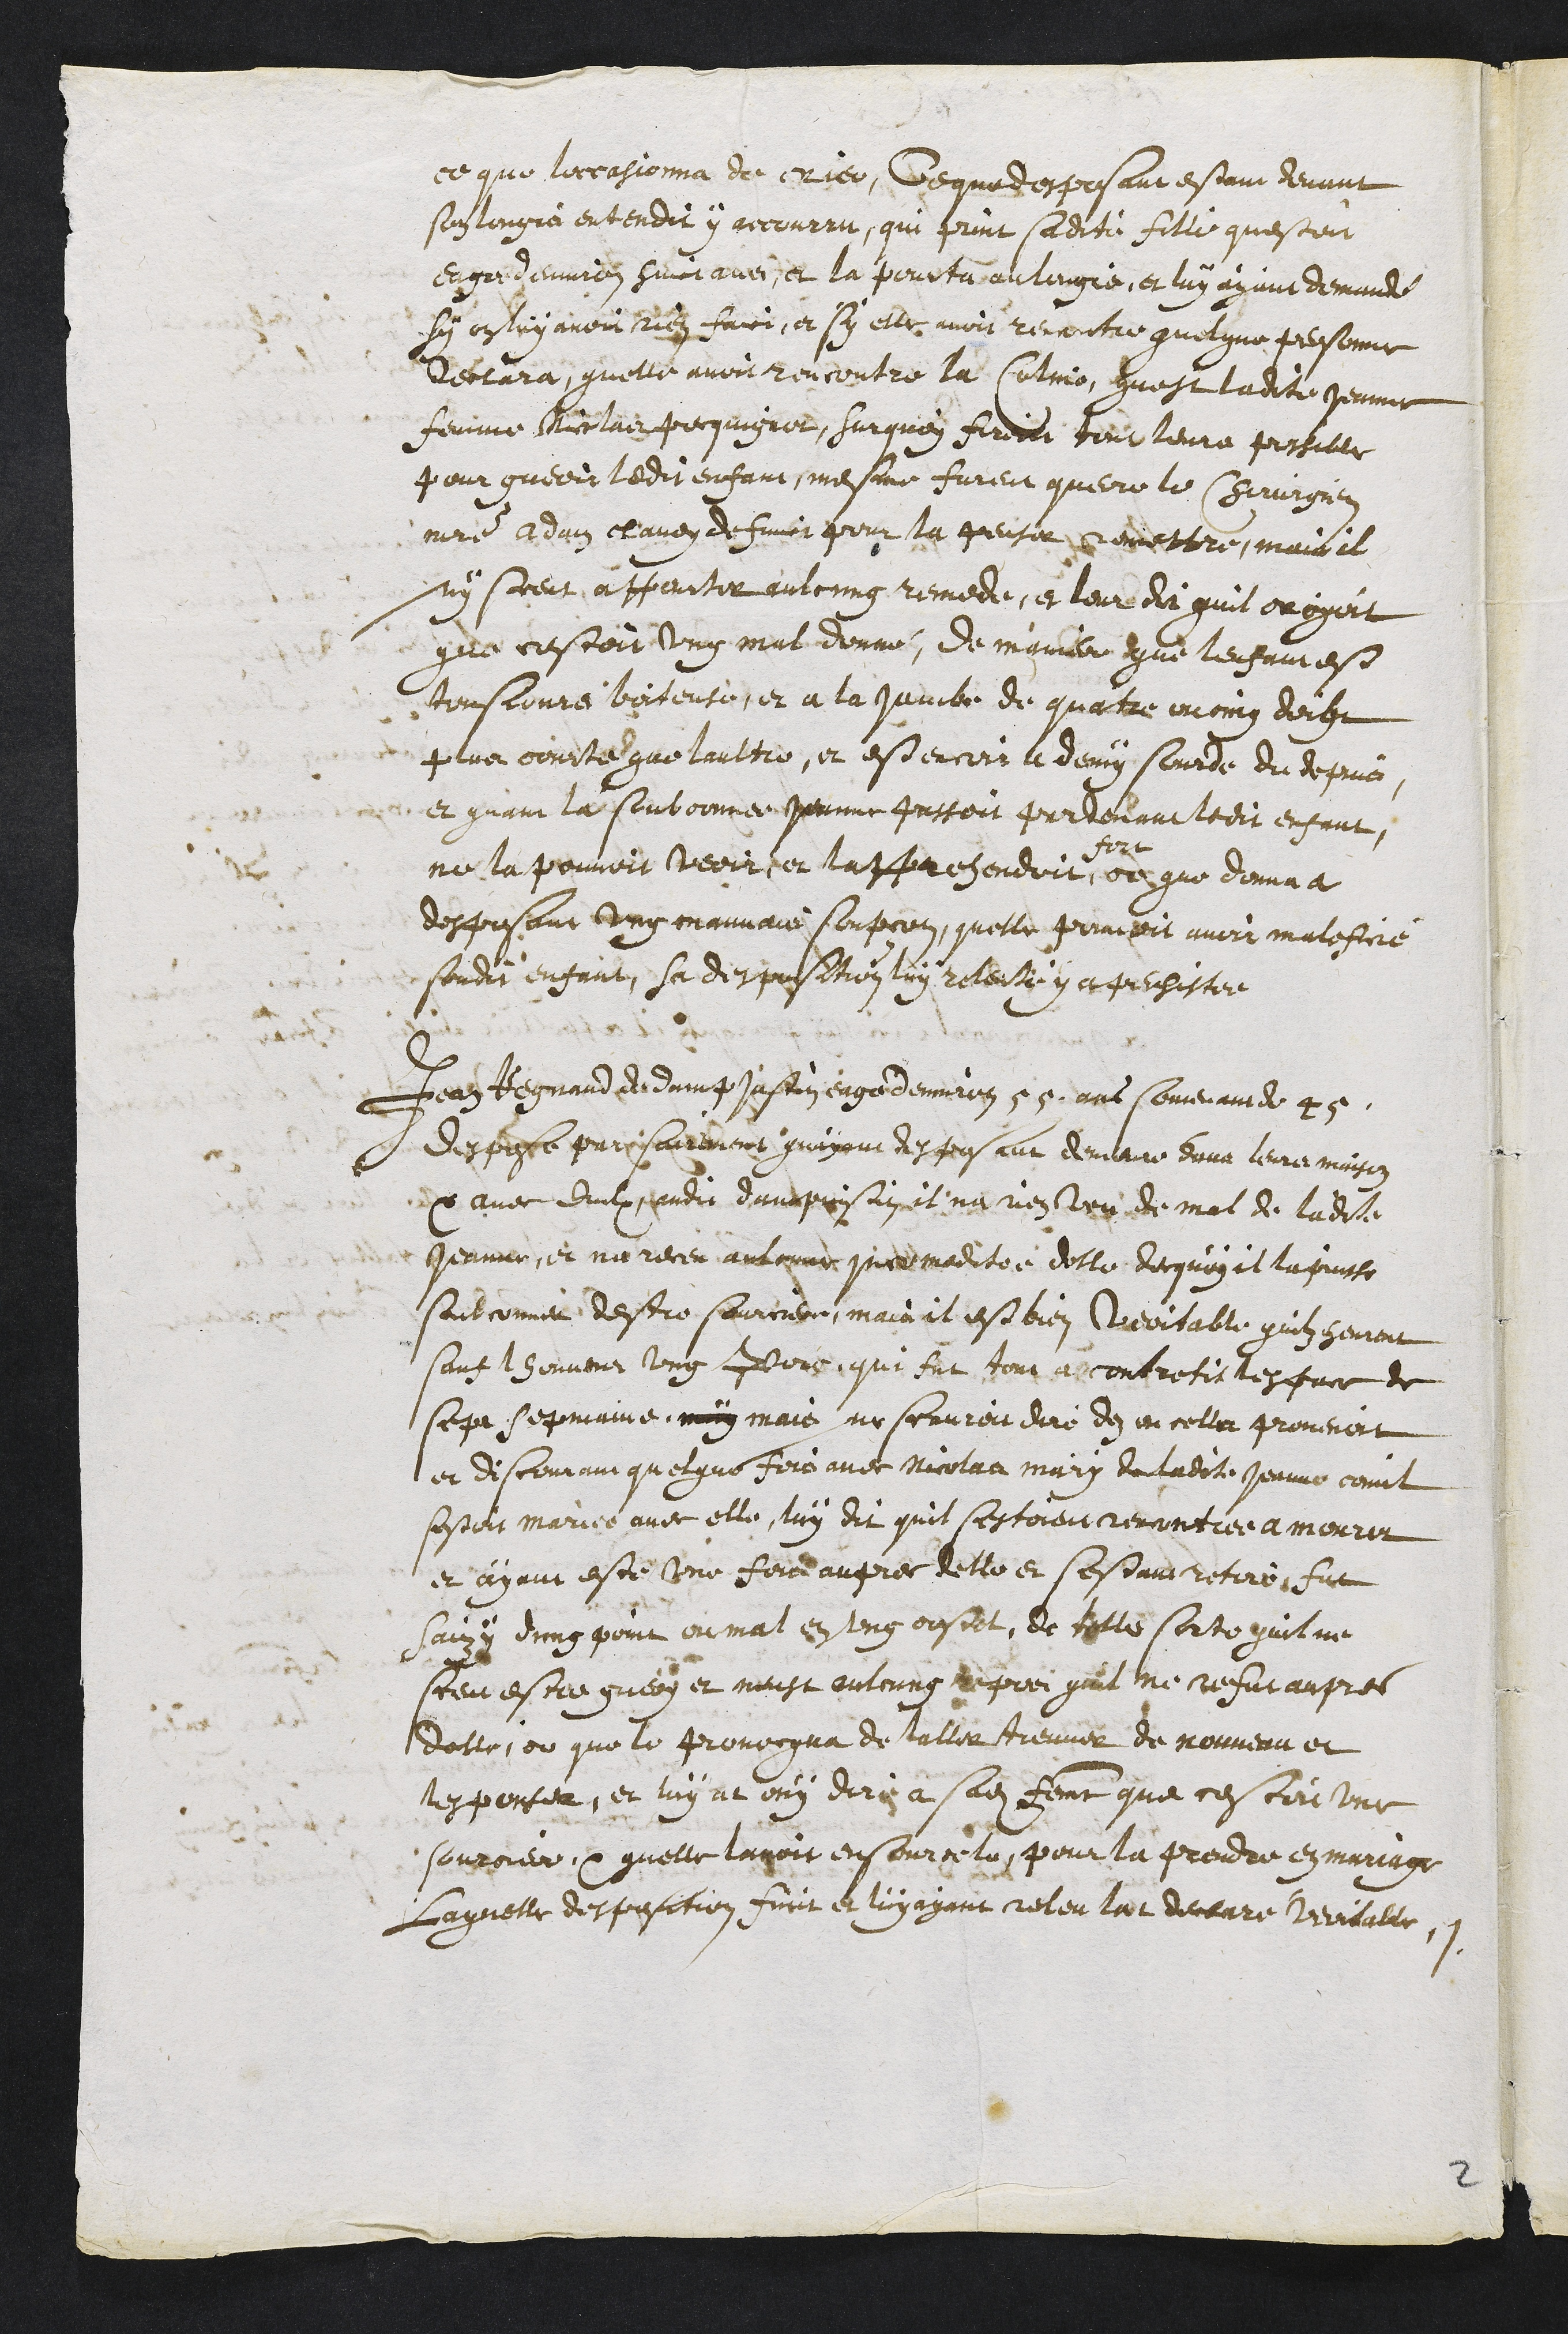
ce que loccasionna de crier, Ce que desposant estaint devant
son longié entendit y aecourru, qui print sadite fille questoit
engre denmion sinct avec, et la pourta aulengie, et luy ayant demande
sy onloy avoit rien faict, et sy elle avoit rencontre quelque personne
declara, quelle avoit rencontré la Colmo, quest ladite Jeanne
femme Nicolais Pecquignet, Surquoy firent tour leura postille
pour guerir ledit enfant mesme furent querre le Chirurgier
maitre Adam ctaven de fmir pour la pensir romettre, mais il
ny scceut apparter aulcung remede, et leur di quil oroyoit
qule cestoit ung mal donné, de ingnier que le famese
tousjours boitenté et a la juinte de quatre moing deche
plus couste que laultre, et estencers la demy Courde du depuis,
et quanre la soubconnee Permne passoit parvevant ledit enfant,
ne la pouvoit veoiree lapprehendoit
fort
oeygue donna a
desposant ung maunais soupcon, quelle primoit avoir malefiie
sondit enfant, sa despasition luy relente y at pechestee
Jeanz Regnanrd didaing Jestin eage denviron 55 ans somerande 2
desposte parisarrement quayant despousant demeur deva leure maison
1x avec dudit gardit damaprisinget na nen veu de mal de ladite
Jeanne, et ne receu aulcnne que maditée delle de quoy il la puisse
saubconner destre sourcier, main il est bien Cueoitable qrilz sement
sanft honneur ung pors, qui fut tour aecontretit lesfrce de
sept sepmaine, muy mais ne scaureit dire de encella provenoit
et discommain quelque fois avec Nicolad mary du taente Jeanne comit
sestoit mariée avec elle, luy dit quil sestoient renontiée a mourir
2 ayant este une forraupres telle et sestant retirofnt
sais y dung point ou mal en ung oustet, ee telle sorte quil ne
sceu estre guery et moust outonns reprei quil ne resur aupres
dolle, ot que le provocqua de talier treuver de nouveau et
tesponter, et luy at ouy dire a sadite femme que cestoi une
souroieer  quelle lavoit ensourcele, pour la prendre enmariage
Laquelle despostition furt et luyayant reteu lar deceure Vericalle,